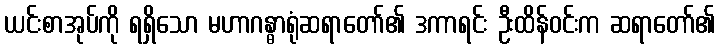
ယင်းစာအုပ်ကို ရရှိသော မဟာဂန္ဓာရုံဆရာတော်၏ ဒကာရင်း ဦးထိန်ဝင်းက ဆရာတော်၏